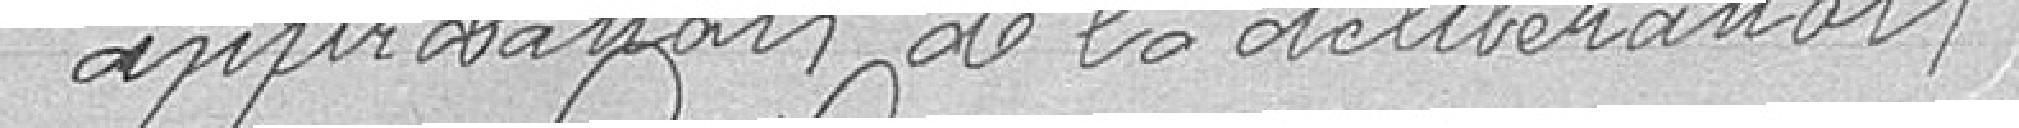
approbation de la délibération.